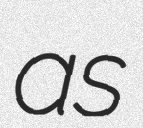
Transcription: as